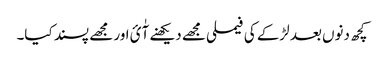
کچھ دنوں بعد لڑکے کی فیملی مجھے دیکھنے آٰئ اور مجھے پسند کیا۔